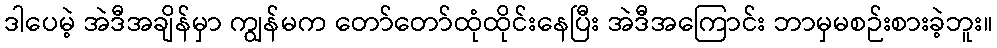
ဒါပေမဲ့ အဲဒီအချိန်မှာ ကျွန်မက တော်တော်ထုံထိုင်းနေပြီး အဲဒီအကြောင်း ဘာမှမစဉ်းစားခဲ့ဘူး။